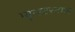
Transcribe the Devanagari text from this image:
म्युन्स्टरटाल